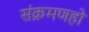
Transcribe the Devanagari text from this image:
संक्रमणहो